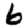
Digit: 6